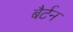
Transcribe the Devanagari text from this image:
बैर्टन